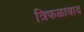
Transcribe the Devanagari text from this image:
त्रिफळाबाद